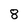
Character: 8